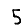
Digit: 5